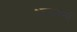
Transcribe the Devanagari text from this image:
आसवनों